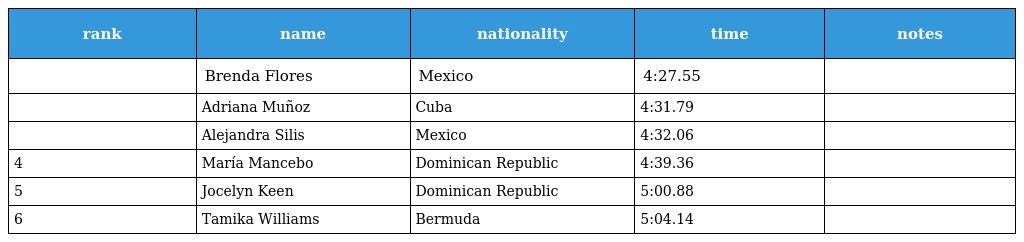
| rank | name | nationality | time | notes |
 | --- | --- | --- | --- | --- |
 |  | Brenda Flores | Mexico | 4:27.55 |  |
 |  | Adriana Muñoz | Cuba | 4:31.79 |  |
 |  | Alejandra Silis | Mexico | 4:32.06 |  |
 | 4 | María Mancebo | Dominican Republic | 4:39.36 |  |
 | 5 | Jocelyn Keen | Dominican Republic | 5:00.88 |  |
 | 6 | Tamika Williams | Bermuda | 5:04.14 |  |